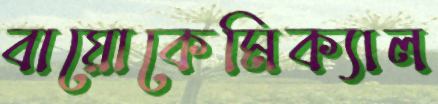
বায়োকেমিক্যাল